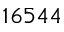
1 6 5 4 4